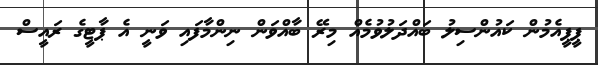
ޕީޕީއެމުން ކައުންސިލު ބައްދަލުވުމެއް މިރޭ ބާއްވަން ނިންމާފައި ވަނީ އެ ޕާޓީގެ ރައީސް